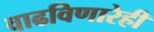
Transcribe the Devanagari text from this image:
वाढविणारेही